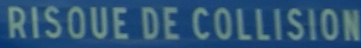
RISQUE DE COLLISION